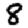
Digit: 8